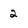
Character: 2